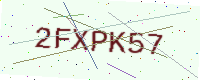
Text: 2FXPK57